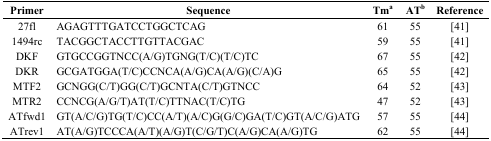
| Primer | Sequence | Tma | ATb | Reference |
 | --- | --- | --- | --- | --- |
 | 27fl | AGAGTTTGATCCTGGCTCAG | 61 | 55 | [41] |
 | 1494rc | TACGGCTACCTTGTTACGAC | 59 | 55 | [41] |
 | DKF | GTGCCGGTNCC(A/G)TGNG(T/C)(T/C)TC | 67 | 55 | [42] |
 | DKR | GCGATGGA(T/C)CCNCA(A/G)CA(A/G)(C/A)G | 65 | 55 | [42] |
 | MTF2 | GCNGG(C/T)GG(C/T)GCNTA(C/T)GTNCC | 64 | 52 | [43] |
 | MTR2 | CCNCG(A/G/T)AT(T/C)TTNAC(T/C)TG | 47 | 52 | [43] |
 | ATfwd1 | GT(A/C/G)TG(T/C)CC(A/T)(A/C)G(G/C)GA(T/C)GT(A/C/G)ATG | 57 | 55 | [44] |
 | ATrev1 | AT(A/G)TCCCA(A/T)(A/G)T(C/G/T)C(A/G)CA(A/G)TG | 62 | 55 | [44] |